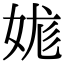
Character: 娏